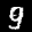
Label: 9